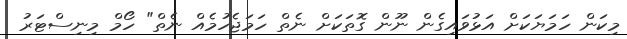
މިކަން ހަމަޔަކަށް އަޅުވައިގެން ނޫން ގޮތަކަށް ނެތް ހަމަޖެހުމެއް ނެތް" ހޯމް މިނިސްޓަރު